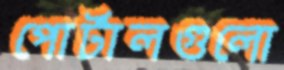
পোর্টালগুলো